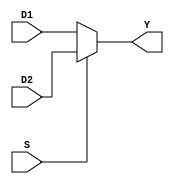
`timescale 1ns / 1ps
//////////////////////////////////////////////////////////////////////////////////
// Company: 
// Engineer: 
// 
// Design Name: 
// Module Name: MUX21
// Project Name: 
// Target Devices: 
// Tool Versions: 
// Description: 
// 
// Dependencies: 
// 
// Revision:
// Revision 0.01 - File Created
// Additional Comments:
// 
//////////////////////////////////////////////////////////////////////////////////


module MUX21(D1, D2, S, Y);
    
    input         S;
    input  [31:0] D1, D2;
    
    output reg [31:0] Y;
   
    always @(D1, D2, S) 
    begin 
        if(S == 0)
            Y = D1; 
        else 
            Y = D2; 
    end
    
endmodule